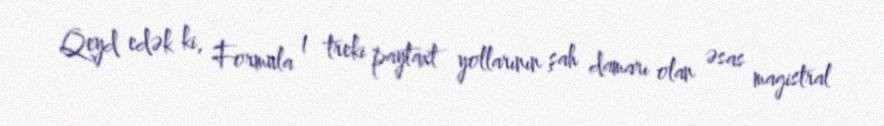
Qeyd edək ki, Formula 1 treki paytaxt yollarının şah damarı olan əsas magistral